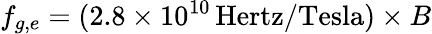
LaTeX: f_{g,e}=(2.8\times 10^{10}\, \mathrm{Hertz}/\mathrm{Tesla})\times B